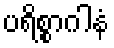
ပရိစ္စာဂါနံ